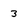
Character: 3